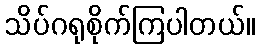
သိပ်ဂရုစိုက်ကြပါတယ်။